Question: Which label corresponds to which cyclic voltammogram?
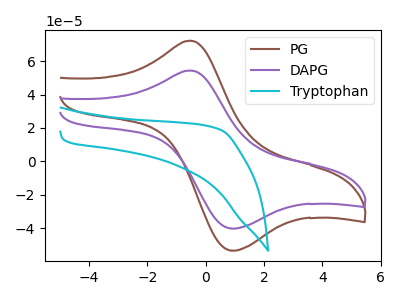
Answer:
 <answer>The brown curve is labeled "PG". The purple curve is labeled "DAPG". The cyan curve is labeled "Tryptophan".</answer>
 <eval></eval>